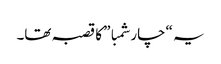
یہ “چار شمبا” کا قصبہ تھا۔